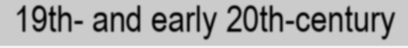
19th- and early 20th-century